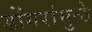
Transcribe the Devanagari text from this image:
डोंगरांमुळे